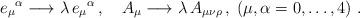
LaTeX: \begin{align*}e_\mu{}^\alpha \longrightarrow \lambda\, e_\mu{}^\alpha\,, \quad A_{\mu} \longrightarrow \lambda\,A_{\mu\nu\rho}\,,\; (\mu,\alpha = 0,\ldots,4)\ . \end{align*}